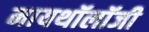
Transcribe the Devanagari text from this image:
मायथॉलॉजी